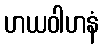
ဟယဝါဟနံ